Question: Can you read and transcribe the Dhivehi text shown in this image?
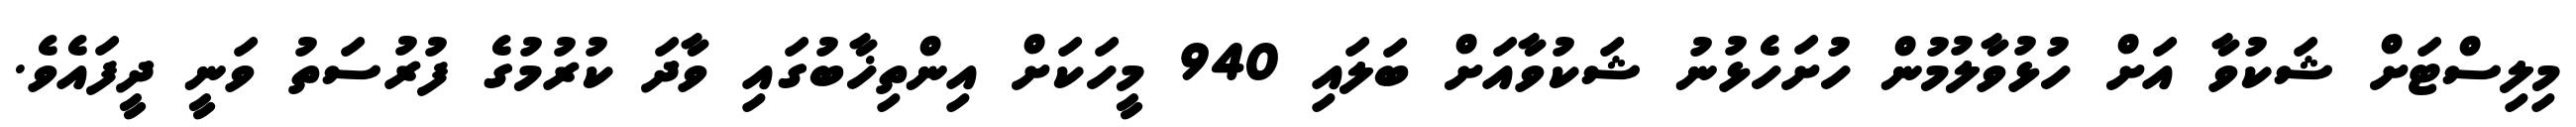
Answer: މިލިސްޓަށް ޝަކުވާ އަށް ހުޅުވާލުމުން ހުށަހެޅުނު ޝަކުވާއަށް ބަލައި 940 މީހަކަށް އިންތިޚާބުގައި ވާދަ ކުރުމުގެ ފުރުސަތު ވަނީ ދީފައެވެ.